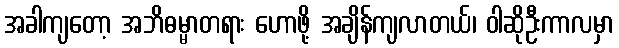
အခါကျတော့ အဘိဓမ္မာတရား ဟောဖို့ အချိန်ကျလာတယ်၊ ဝါဆိုဦးကာလမှာ